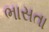
ભાસતા